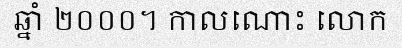
ឆ្នាំ ២០០០។ កាលណោះ លោក